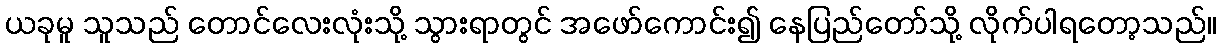
ယခုမူ သူသည် တောင်လေးလုံးသို့ သွားရာတွင် အဖော်ကောင်း၍ နေပြည်တော်သို့ လိုက်ပါရတော့သည်။